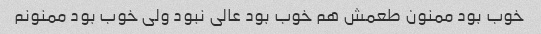
خوب بود ممنون طعمش هم خوب بود عالی نبود ولی خوب بود ممنونم